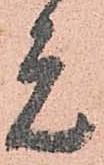
元